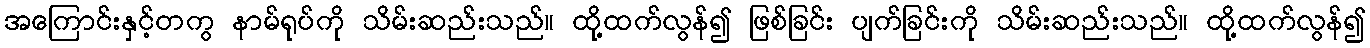
အကြောင်းနှင့်တကွ နာမ်ရုပ်ကို သိမ်းဆည်းသည်။ ထို့ထက်လွန်၍ ဖြစ်ခြင်း ပျက်ခြင်းကို သိမ်းဆည်းသည်။ ထို့ထက်လွန်၍